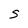
Character: S